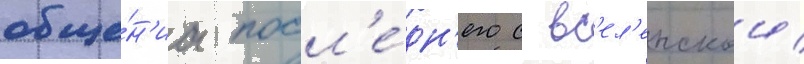
обще́н'иа посл'е́дн'его с вс'ел'енскои